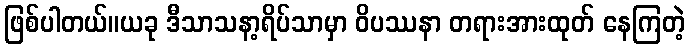
ဖြစ်ပါတယ်။ယခု ဒီသာသနာ့ရိပ်သာမှာ ဝိပဿနာ တရားအားထုတ် နေကြတဲ့